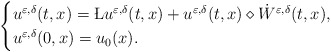
\begin{align*}\begin{cases}u^{\varepsilon, \delta}(t,x)=\L u^{\varepsilon, \delta}(t,x)+u^{\varepsilon, \delta}(t,x)\diamond\dot W^{\varepsilon, \delta}(t,x),\\u^{\varepsilon,\delta}(0,x)=u_0(x).\end{cases}\end{align*}